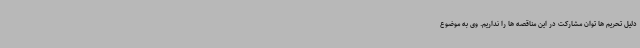
دلیل تحریم ها توان مشارکت در این مناقصه ها را نداریم. وی به موضوع